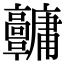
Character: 𩫱